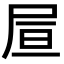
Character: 𡱌